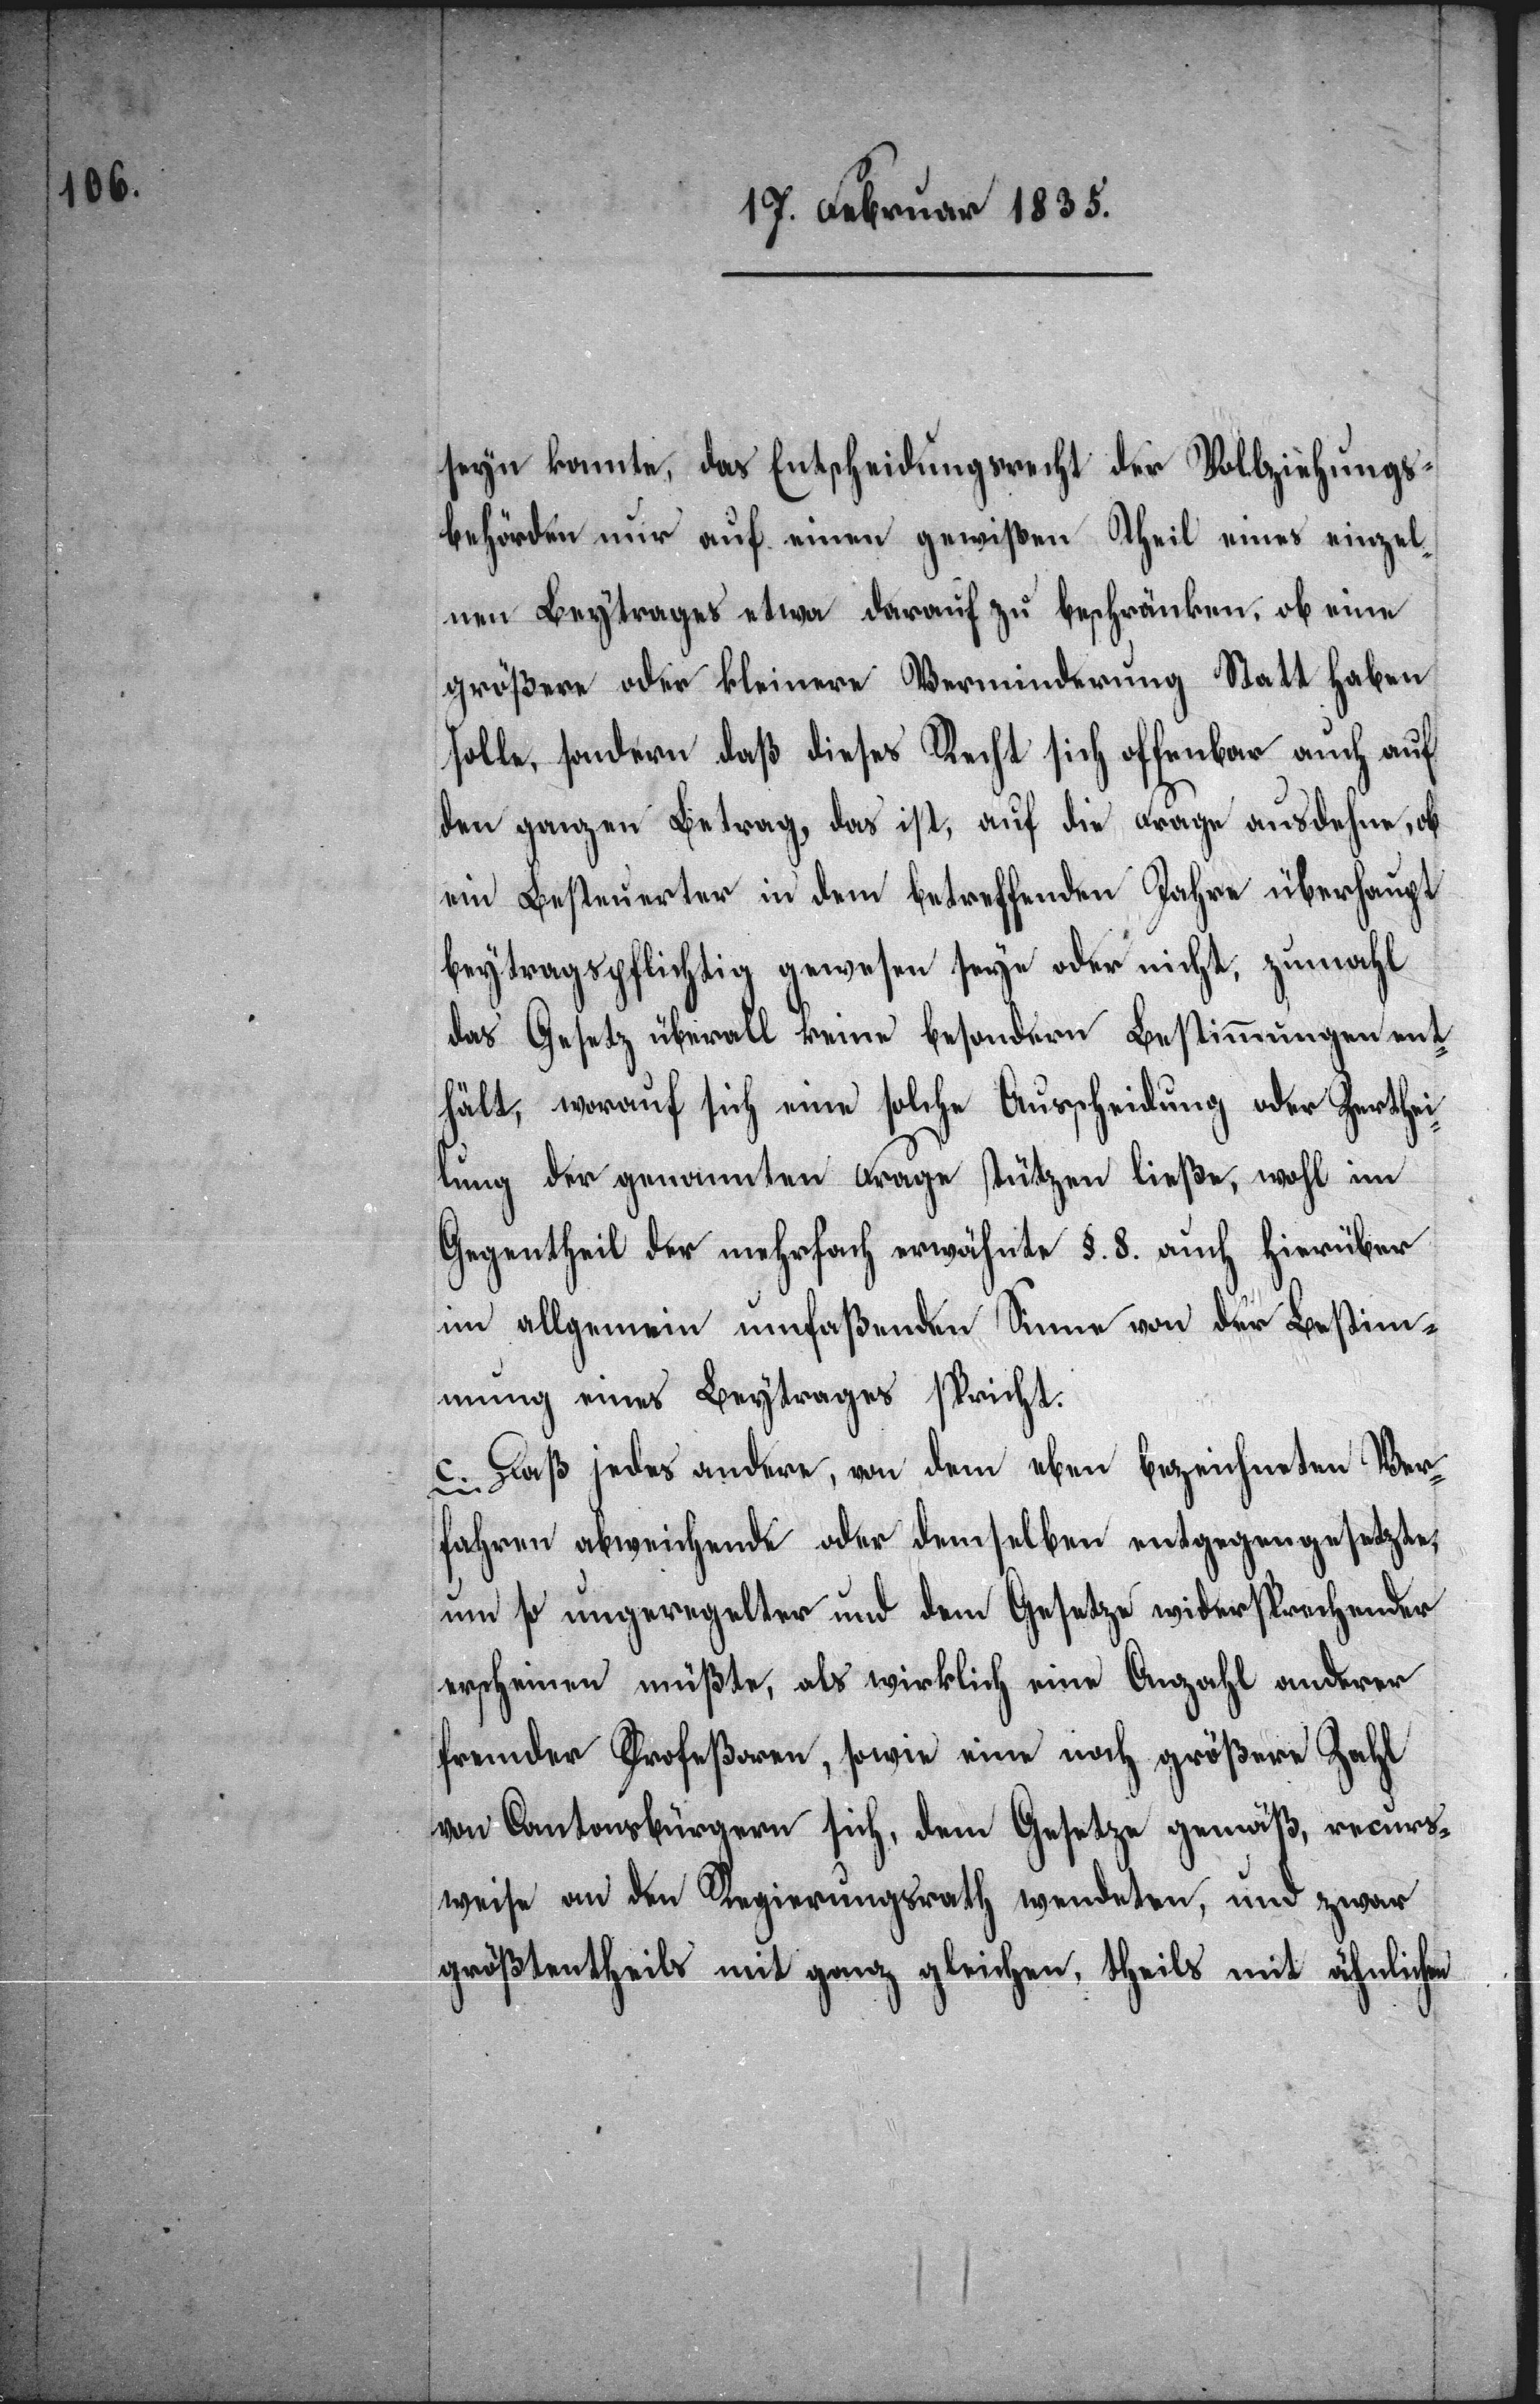
seyn konnte, das Entscheidungsrecht der Vollziehungs¬
behörden nur auf einen gewißen Theil eines einzel¬
nen Beytrages etwa darauf zu beschränken, ob eine
größere oder kleinere Verminderung Statt haben
solle, sondern daß dieses Recht sich offenbar auch auf
den ganzen Betrag, das ist, auf die Frage ausdehne, ob
ein Besteuerter in dem betreffenden Jahre überhaupt
beytragspflichtig gewesen seye oder nicht, zumahl
das Gesetz überall keine besondern Bestimmungen ent¬
hält, worauf sich eine solche Ausscheidung oder Zerthei¬
lung der genannten Frage stützen ließe, wohl im
Gegentheil der mehrfach erwähnte §. 8. auch hierüber
im allgemein umfaßenden Sinne von der Bestim¬
mung eines Beytrages spricht.
c. Daß jedes andere, von dem eben bezeichneten Ver¬
fahren abweichende oder demselben entgegengesetzte,
um so ungeregelter und dem Gesetze widersprechender
erscheinen müßte, als wirklich eine Anzahl anderer
fremder Profeßoren, sowie eine noch größere Zahl
von Cantonsbürgern sich, dem Gesetze gemäß, recurs¬
weise an den Regierungsrath wendeten, und zwar
größtentheils mit ganz gleichen, theils mit ähnlichen